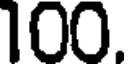
100.